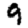
Digit: 9